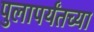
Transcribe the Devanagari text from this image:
पुलापर्यंतच्या